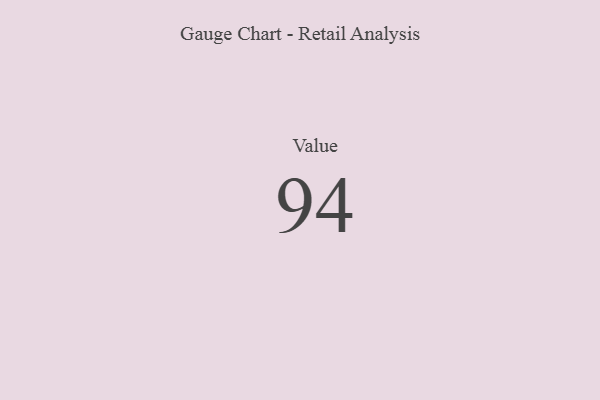
{"axis": {"x": "Metric", "y": "Value"}, "legend": [""], "data": [{"x": "Value", "y": 94, "type": ""}]}